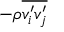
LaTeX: - \rho { \overline { { v _ { i } ^ { \prime } v _ { j } ^ { \prime } } } }